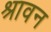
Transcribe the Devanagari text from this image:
श्रावन